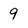
Character: 9